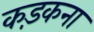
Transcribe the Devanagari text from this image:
कड़कना